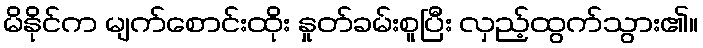
မိနိုင်က မျက်စောင်းထိုး နှုတ်ခမ်းစူပြီး လှည့်ထွက်သွား၏။